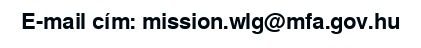
E-mail cím: mission.wlg@mfa.gov.hu